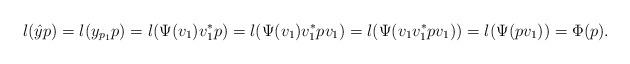
LaTeX: \begin{align*}l(\hat{y}p)=l(y_{p_1}p)=l(\Psi(v_1)v_1^*p)=l(\Psi(v_1)v_1^*pv_1)=l(\Psi(v_1v_1^*pv_1))=l(\Psi(pv_1))=\Phi(p).\end{align*}